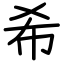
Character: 希